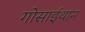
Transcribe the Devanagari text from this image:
गोसाईथांन